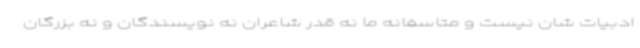
ادبیات شان نیست و متاسفانه ما نه قدر شاعران نه نویسندگان و نه بزرگان